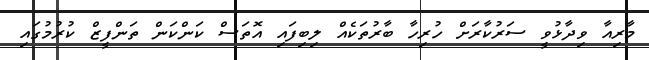
މާރިއާ ވިދާޅުވީ ސަރުކާރަށް ހުރިހާ ބާރުތަކެއް ލިބިފައި އޮތަސް ކަންކަން ތަންފީޒް ކުރުމުގައި